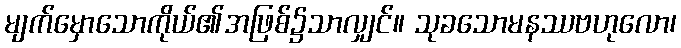
မျက်မှောသောကိုယ်၏အဖြစ်၌သာလျှင်။ သုခသောမနဿဗဟုလော၊